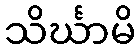
သိင်္ဃာမိ